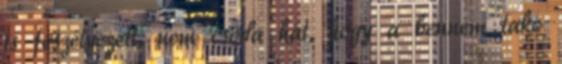
is feszélyezett, nem csoda hát, hogy a bennem lakó